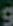
و